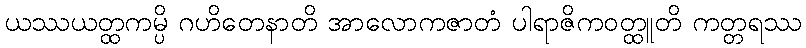
ယဿယတ္ထကမ္ပိ ဂဟိတေနာတိ အာလောကဇာတံ ပါရာဇိကဝတ္ထူတိ ကတ္တရဿ